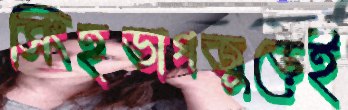
সিংহভাগজুড়েই